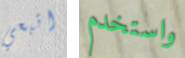
اتبعي واستخدم